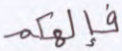
المولود